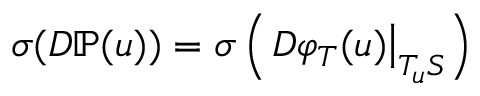
\sigma ( D \mathbb { P } ( u ) ) = \sigma \left( \left. D \varphi _ { T } ( u ) \right\vert _ { T _ { u } S } \right)